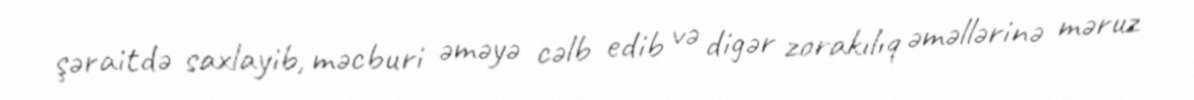
şəraitdə saxlayib, məcburi əməyə cəlb edib və digər zorakılıq əməllərinə məruz